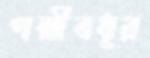
পল্লীবধূর